Cholera in southern India
Disease focus: Cholera
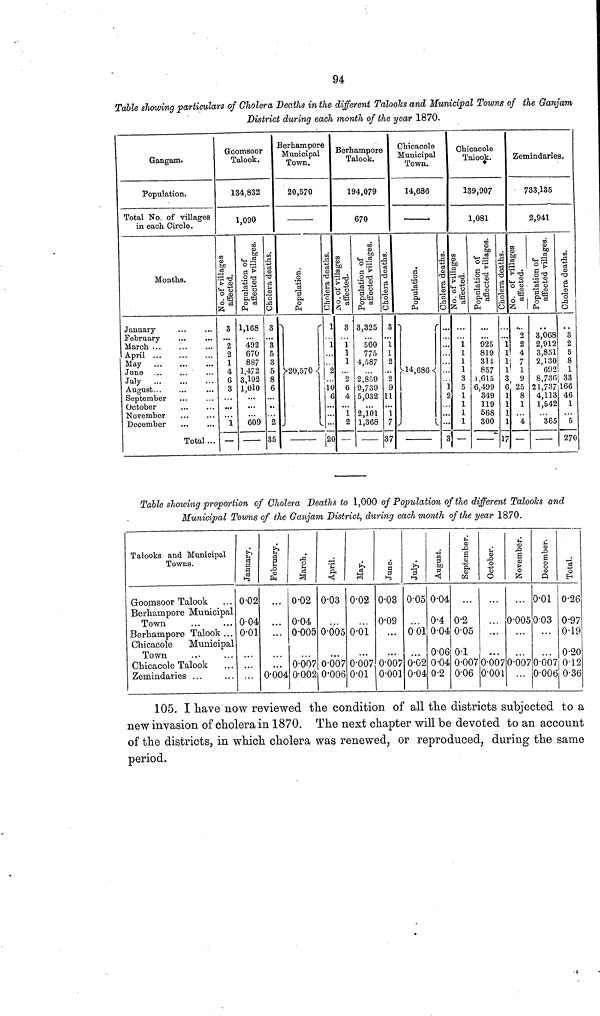
94
Table showing particulars of Cholera Deaths in the different Talooks and Municipal Towns of the Ganjam
District during each month of the year 1870.
Gangam.
Population.
Total No. of villages
in each. Circle.
Months.
January
February
March ...
April ...
May
June
July
August
September
October
November
December
Total...
Goomsoor Talook
134,832
1,090
No. of Villages affected
3
a 9,
1
4
6
3
1
—
Population of affected Villages
1,168
492
670
887
1,472
3,192
1,010
609
Cholera Deaths
3
3
5
3
5
8
6
2
35
Berhampore
Municipal
Town.
20,570
Population
20,570
Cholera Deaths
1
1
2
10
tí
¡20
Berhampore
Talook
194,079
670
No. of Villages affected
3
1
1
1
2
6
4
1
2
—
Population of affected Villages
3,325
500
775
4,587
2,859
9,739
5,032
2,101
1,368
Cholera Deaths
3
1
1
2
2
9
11
1
7
37
Chicacole
Municipal
Town.
14,686
Population
14,686
Cholera Deaths
a
...
...
3
Chicacole
Talook.
139,907
1,081
No. of Villages affected
1
1
1
1
3
5
1
1
1
1
—
Population of affected Village
925
819
314
857
1,615
6,499
349
119
568
300
Cholera Deaths
1
1
1
1
3
6
1
1
1
1
17
Zemindaries.
733,135
2,941
No. of Villages affect
9,
4
i 7
1
S)
25
8
1
4
—
Population of af
3,068
2.912
3 851
2,130
692
8.736
21,737
4,113
1,542
365
Cholera D
3
?,
5
8
1
33
166
46
1
5
270
Table showing proportion of Cholera Deaths to 1,000 of Population of the different Talooks and
Municipal Towns of the Ganjam District, during each month of the year 1870.
Talooks and Municipal
Towns.
Goomsoor Talook
Berhampore Municipal
Town
Berhampore Talook ...
Chicacole
Municipal
Town
Chicacole Talook
Zemindaries ...
January.
0.02
0.04
0.01
...
February.
• • •
0.004
March.
0.02
0.04
0.005
0.007
0.002
April.
0.03
0.005
0.007
0.006
May.
0.02
0.01
0.007
0.01
June.
0.03
0.09
• * «
0.007
0.001
July.
005
0 01
0.02
0.04
August.
0.04
0.4
0.04
0.06
0.04
0.2
September.
0.2
0.05
0.1
0.007
0.06
October.
...
0.007
0.001
November.
0.005
...
0.007
December.
0.01
0.03
0.007
0.006
Total.
0.26
0.97
0.19
0.20
0.12
0.36
105. I have now reviewed the condition of all the districts subjected to a
new invasion of cholera in 1870. The next chapter will be devoted to an account
of the districts, in which cholera was renewed, or reproduced, during the same
period.